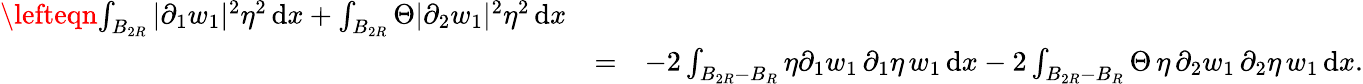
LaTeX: \begin{array}{rlr}{\lefteqn{\int_{B_{2R}}|\partial_{1}w_{1}|^{2}\eta^{2}\, \mathrm{d}x+\int_{B_{2R}}\Theta|\partial_{2}w_{1}|^{2}\eta^{2}\, \mathrm{d}x}}\\ &{=}&{-2\int_{B_{2R}-B_{R}}\eta\partial_{1}w_{1}\, \partial_{1}\eta\, w_{1}\, \mathrm{d}x-2\int_{B_{2R}-B_{R}}\Theta\, \eta\, \partial_{2}w_{1}\, \partial_{2}\eta\, w_{1}\, \mathrm{d}x.}\end{array}